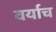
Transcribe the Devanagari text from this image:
वर्याच